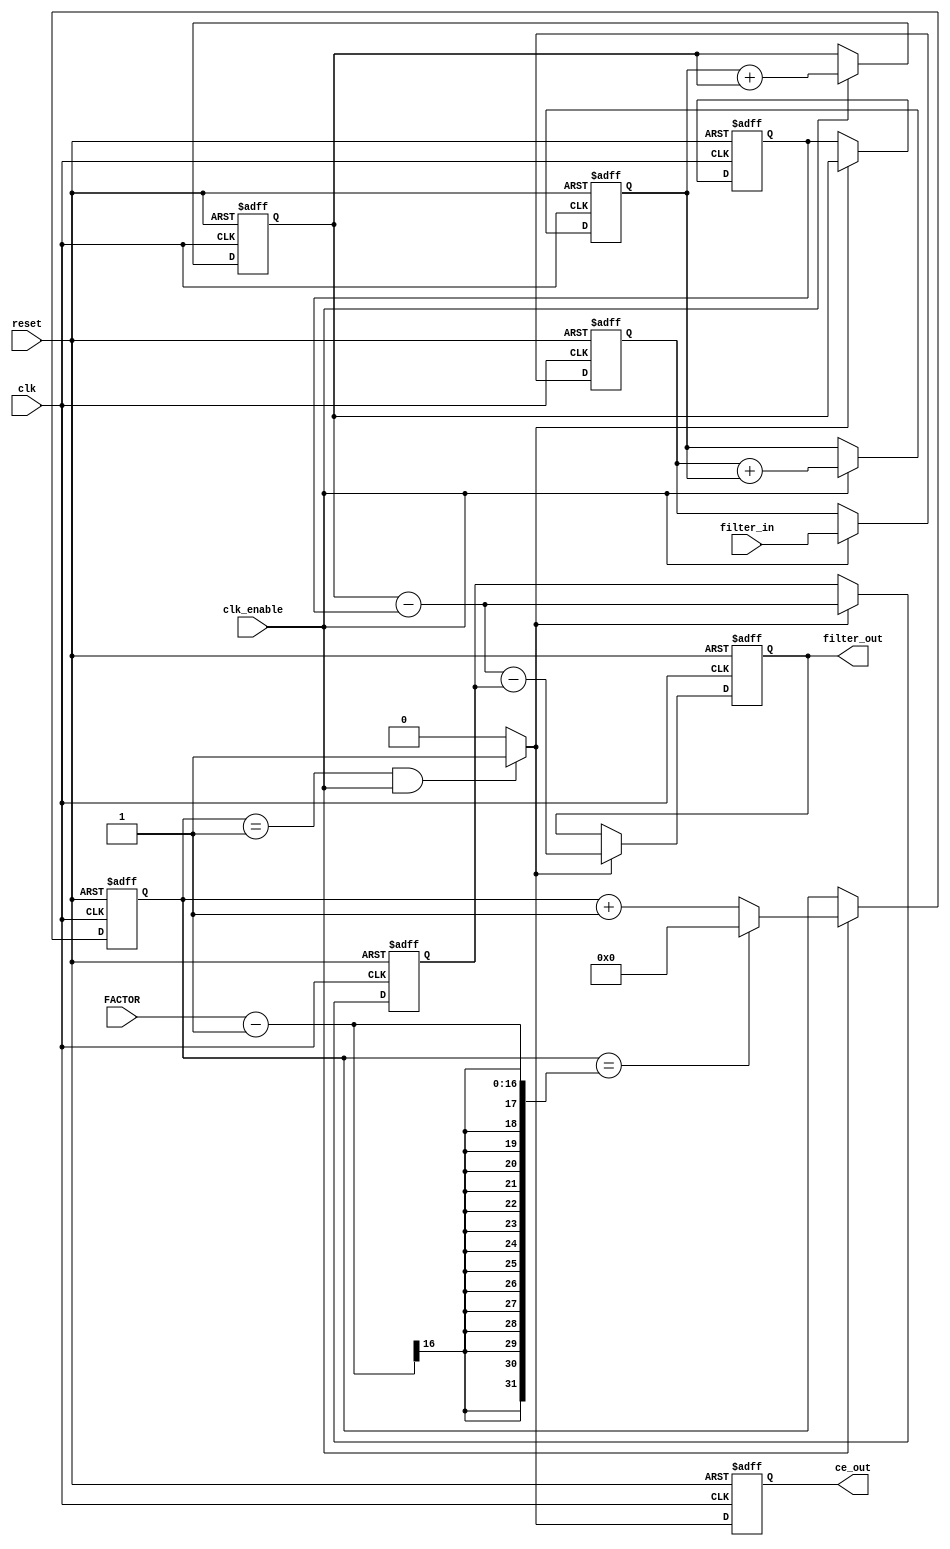
// This program was cloned from: https://github.com/Digital-EDA/Digital-IDE
// License: MIT License

`timescale 1 ns / 1 ns
module CIC_DOWN_S2 #(
	parameter INPUT_WIDTH  = 12,
	parameter OUTPUT_WIDTH = 15
) (
	input   						              clk,
	input   						              clk_enable,
	input   						              reset,
	input		       [15:0]			        FACTOR,
	input   signed [INPUT_WIDTH-1:0]  filter_in,
	output  signed [OUTPUT_WIDTH-1:0] filter_out,
	output  						              ce_out
);

localparam FILTER_WIDTH = OUTPUT_WIDTH;

////////////////////////////////////////////////////////////////
//Module Architecture: CIC_Down_S2
////////////////////////////////////////////////////////////////
  // Local Functions
  // Type Definitions
  // Constants
  // Signals
  reg  [15:0] cur_count = 0; // ufix2
  wire phase_1; // boolean
  reg  ce_out_reg = 0; // boolean
  //   
  reg  signed [INPUT_WIDTH-1:0] input_register = 0; // sfix16_En15
  //   -- Section 1 Signals 
  wire signed [INPUT_WIDTH-1:0] section_in1; // sfix16_En15
  wire signed [FILTER_WIDTH-1:0] section_cast1; // sfix18_En15
  wire signed [FILTER_WIDTH-1:0] sum1; // sfix18_En15
  reg  signed [FILTER_WIDTH-1:0] section_out1 = 0; // sfix18_En15
  wire signed [FILTER_WIDTH-1:0] add_cast; // sfix18_En15
  wire signed [FILTER_WIDTH-1:0] add_cast_1; // sfix18_En15
  wire signed [FILTER_WIDTH:0] add_temp; // sfix19_En15
  //   -- Section 2 Signals 
  wire signed [FILTER_WIDTH-1:0] section_in2; // sfix18_En15
  wire signed [FILTER_WIDTH-1:0] sum2; // sfix18_En15
  reg  signed [FILTER_WIDTH-1:0] section_out2 = 0; // sfix18_En15
  wire signed [FILTER_WIDTH-1:0] add_cast_2; // sfix18_En15
  wire signed [FILTER_WIDTH-1:0] add_cast_3; // sfix18_En15
  wire signed [FILTER_WIDTH:0] add_temp_1; // sfix19_En15
  //   -- Section 3 Signals 
  wire signed [FILTER_WIDTH-1:0] section_in3; // sfix18_En15
  reg  signed [FILTER_WIDTH-1:0] diff1 = 0; // sfix18_En15
  wire signed [FILTER_WIDTH-1:0] section_out3; // sfix18_En15
  wire signed [FILTER_WIDTH-1:0] sub_cast; // sfix18_En15
  wire signed [FILTER_WIDTH-1:0] sub_cast_1; // sfix18_En15
  wire signed [FILTER_WIDTH:0] sub_temp; // sfix19_En15
  //   -- Section 4 Signals 
  wire signed [FILTER_WIDTH-1:0] section_in4; // sfix18_En15
  reg  signed [FILTER_WIDTH-1:0] diff2 = 0; // sfix18_En15
  wire signed [FILTER_WIDTH-1:0] section_out4; // sfix18_En15
  wire signed [FILTER_WIDTH-1:0] sub_cast_2; // sfix18_En15
  wire signed [FILTER_WIDTH-1:0] sub_cast_3; // sfix18_En15
  wire signed [FILTER_WIDTH:0] sub_temp_1; // sfix19_En15
  //   
  reg  signed [FILTER_WIDTH-1:0] output_register = 0; // sfix18_En15

  // Block Statements
  //   ------------------ CE Output Generation ------------------

  always @ (posedge clk or posedge reset)
    begin: ce_output
      if (reset == 1'b1) begin
        cur_count <= 16'd0;
      end
      else begin
        if (clk_enable == 1'b1) begin
          if (cur_count == FACTOR-1) begin
            cur_count <= 16'd0;
          end
          else begin
            cur_count <= cur_count + 1;
          end
        end
      end
    end // ce_output

  assign  phase_1 = (cur_count == 16'd1 && clk_enable == 1'b1)? 1 : 0;

  //   ------------------ CE Output Register ------------------

  always @ (posedge clk or posedge reset)
    begin: ce_output_register
      if (reset == 1'b1) begin
        ce_out_reg <= 1'b0;
      end
      else begin
          ce_out_reg <= phase_1;
      end
    end // ce_output_register

  //   ------------------ Input Register ------------------

  always @ (posedge clk or posedge reset)
    begin: input_reg_process
      if (reset == 1'b1) begin
        input_register <= 0;
      end
      else begin
        if (clk_enable == 1'b1) begin
          input_register <= filter_in;
        end
      end
    end // input_reg_process

  //   ------------------ Section # 1 : Integrator ------------------

  assign section_in1 = input_register;

  assign section_cast1 = $signed({{(FILTER_WIDTH-INPUT_WIDTH){section_in1[INPUT_WIDTH-1]}}, section_in1});

  assign add_cast = section_cast1;
  assign add_cast_1 = section_out1;
  assign add_temp = add_cast + add_cast_1;
  assign sum1 = add_temp[FILTER_WIDTH-1:0];

  always @ (posedge clk or posedge reset)
    begin: integrator_delay_section1
      if (reset == 1'b1) begin
        section_out1 <= 0;
      end
      else begin
        if (clk_enable == 1'b1) begin
          section_out1 <= sum1;
        end
      end
    end // integrator_delay_section1

  //   ------------------ Section # 2 : Integrator ------------------

  assign section_in2 = section_out1;

  assign add_cast_2 = section_in2;
  assign add_cast_3 = section_out2;
  assign add_temp_1 = add_cast_2 + add_cast_3;
  assign sum2 = add_temp_1[FILTER_WIDTH-1:0];

  always @ (posedge clk or posedge reset)
    begin: integrator_delay_section2
      if (reset == 1'b1) begin
        section_out2 <= 0;
      end
      else begin
        if (clk_enable == 1'b1) begin
          section_out2 <= sum2;
        end
      end
    end // integrator_delay_section2

  //   ------------------ Section # 3 : Comb ------------------

  assign section_in3 = section_out2;

  assign sub_cast = section_in3;
  assign sub_cast_1 = diff1;
  assign sub_temp = sub_cast - sub_cast_1;
  assign section_out3 = sub_temp[FILTER_WIDTH-1:0];

  always @ (posedge clk or posedge reset)
    begin: comb_delay_section3
      if (reset == 1'b1) begin
        diff1 <= 0;
      end
      else begin
        if (phase_1 == 1'b1) begin
          diff1 <= section_in3;
        end
      end
    end // comb_delay_section3

  //   ------------------ Section # 4 : Comb ------------------

  assign section_in4 = section_out3;

  assign sub_cast_2 = section_in4;
  assign sub_cast_3 = diff2;
  assign sub_temp_1 = sub_cast_2 - sub_cast_3;
  assign section_out4 = sub_temp_1[FILTER_WIDTH-1:0];

  always @ (posedge clk or posedge reset)
    begin: comb_delay_section4
      if (reset == 1'b1) begin
        diff2 <= 0;
      end
      else begin
        if (phase_1 == 1'b1) begin
          diff2 <= section_in4;
        end
      end
    end // comb_delay_section4

  //   ------------------ Output Register ------------------

  always @ (posedge clk or posedge reset)
    begin: output_reg_process
      if (reset == 1'b1) begin
        output_register <= 0;
      end
      else begin
        if (phase_1 == 1'b1) begin
          output_register <= section_out4;
        end
      end
    end // output_reg_process

  // Assignment Statements
  assign ce_out = ce_out_reg;
  assign filter_out = output_register;
endmodule  // CIC_Down_S2